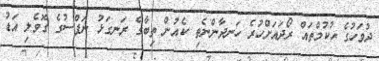
ދުވަހުގެ ޙުކުމްތައް ރޯދައަށްހުރެ ހަނދާންނެތި ކެއުން ތިބާގެ ރަނގަޅު ނަފްސުގެ ގޮވެލި އަޑު